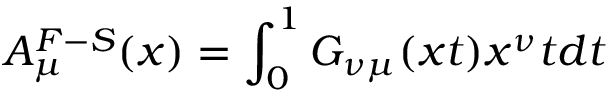
A _ { \mu } ^ { F - S } ( x ) = \int _ { 0 } ^ { 1 } G _ { \nu \mu } ( x t ) x ^ { \nu } t d t